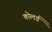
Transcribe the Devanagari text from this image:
कोलर्ड